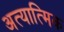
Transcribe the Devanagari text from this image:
अत्यात्मिक